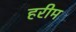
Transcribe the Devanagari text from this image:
हरीम